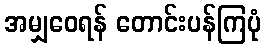
အမျှဝေရန် တောင်းပန်ကြပုံ